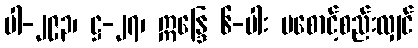
ပါ-၂၉၃၊ ဋ္ဌ-၂၇၊ ဣန္ဒြေ ၆-ပါး မစောင့်စည်းလျှင်